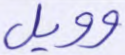
وويل